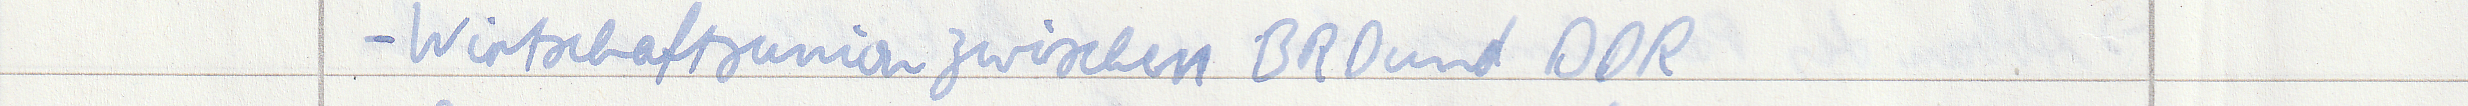
- Wirtschaftsunion zwischen BRD und DDR